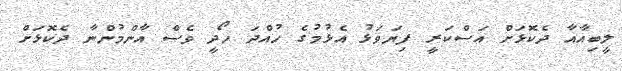
ލީބިއާއާ ދެކޮޅަށް އަސްކަރީ ފިޔަވަޅު އެޅުމުގެ ހުއްދަ ހޯދީ ވެސް އާންމުންނާ ދެކޮޅަށް